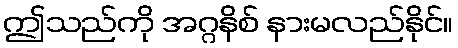
ဤသည်ကို အဂ္ဂနိစ် နားမလည်နိုင်။